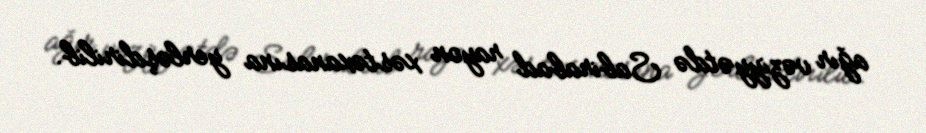
ağır vəziyyətdə Sabirabad rayon xəstəxanasına yerləşdirilib.